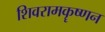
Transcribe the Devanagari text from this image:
शिवरामकॄष्णन